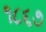
૧૮૬૭